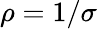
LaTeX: \rho=1/\sigma